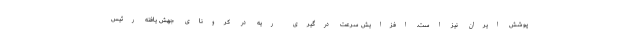
پوشش ایران نیز است. افزایش سرعت درگیری ریه در کرونای جهش ‌یافته رئیس